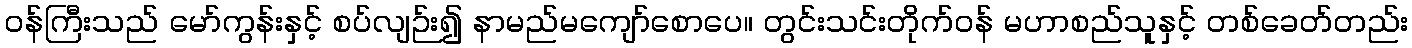
ဝန်ကြီးသည် မော်ကွန်းနှင့် စပ်လျဉ်း၍ နာမည်မကျော်စောပေ။ တွင်းသင်းတိုက်ဝန် မဟာစည်သူနှင့် တစ်ခေတ်တည်း